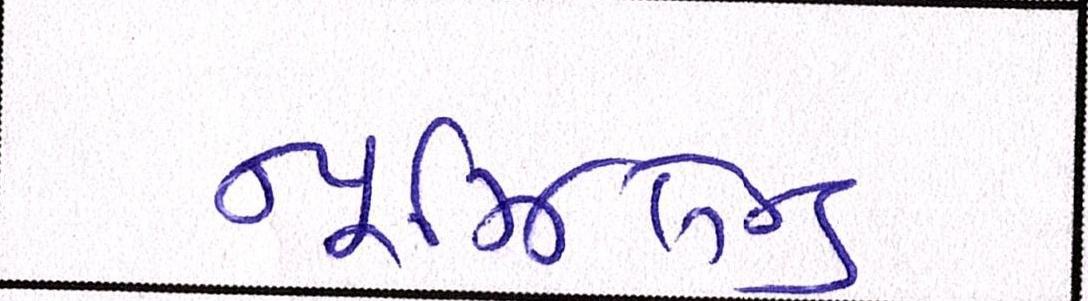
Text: ન્યૂઝિલેન્ડ